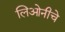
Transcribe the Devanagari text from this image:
लिओनीचे